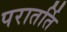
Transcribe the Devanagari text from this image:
परातर्ति